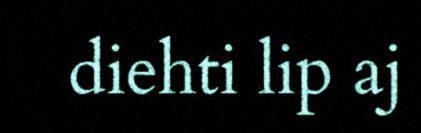
diehti lip aj